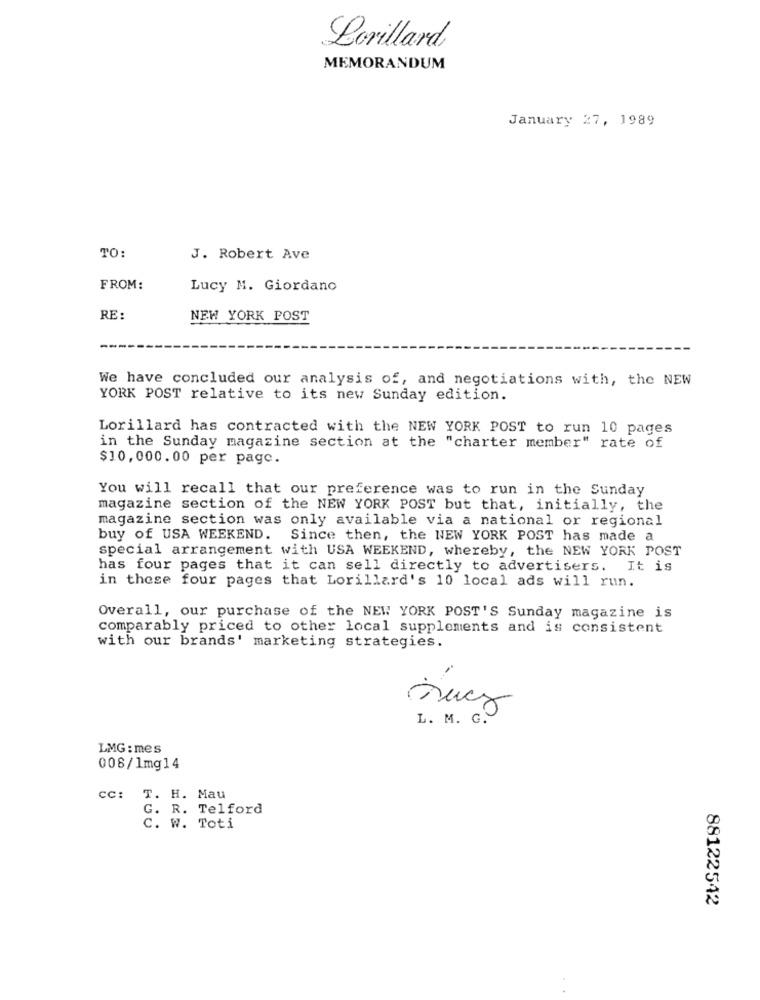
Lorillard
MEMORANDUM
January 27, 1989
TO:
J. Robert Ave
FROM:
Lucy M. Giordano
RE:
NEW YORK POST
We have concluded our analysis of, and negotiations with, the NEW
YORK POST relative to its new Sunday edition.
Lorillard has contracted with the NEW YORK POST to run 10 pages
in the Sunday magazine section at the "charter member" rate of
$10,000.00 per page.
You will recall that our preference was to run in the Sunday
magazine section of the NEW YORK POST but that, initially, the
magazine section was only available via a national or regional
buy of USA WEEKEND. Since then, the NEW YORK POST has made a
special arrangement with USA WEEKEND, whereby, the NEW YORK POST
has four pages that it can sell directly to advertisers. It is
in these four pages that Lorillard's 10 local ads will run.
Overall, our purchase of the NEW YORK POST'S Sunday magazine is
comparably priced to other local supplements and is consistent
with our brands' marketing strategies.
L. M. G.
LMG : mes
008/1mg14
CC: T. H. Mau
G. R. Telford
C. W. Toti
88122542